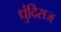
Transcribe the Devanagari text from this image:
धुंदिराज